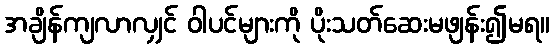
အချိန်ကျလာလျှင် ဝါပင်များကို ပိုးသတ်ဆေးမဖျန်း၍မရ။